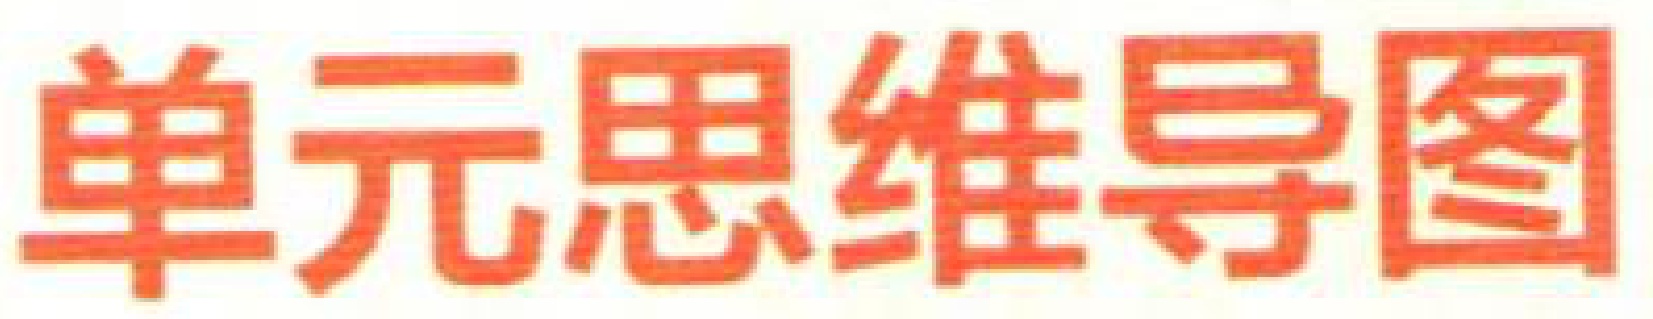
单元思维导图